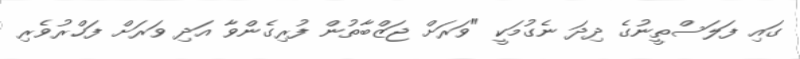
ގައި ފަލަސްތީނުގެ ދިދަ ނެގުމަކީ "ވަރަށް ޖަޒްބާތުން ފުރިގެންވާ އަދި ވަރަށް ފަޚްރުވެރި